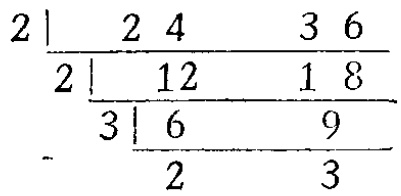
\[

\begin{array}{l|ll}

2 & 24 & 36 \\

\hline

2 & 12 & 18 \\

\hline

3 & 6 & 9 \\

\hline

 & 2 & 3

\end{array}

\]